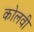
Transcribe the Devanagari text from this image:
कोलवी